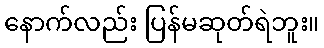
နောက်လည်း ပြန်မဆုတ်ရဲဘူး။